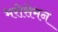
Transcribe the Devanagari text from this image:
भरोसेमन